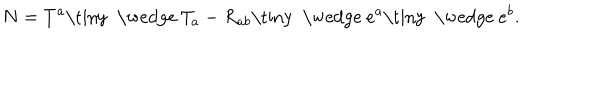
LaTeX: N = T ^ { a } \mathrm { \tiny ~ \wedge ~ } T _ { a } - R _ { a b } \mathrm { \tiny ~ \wedge ~ } e ^ { a } \mathrm { \tiny ~ \wedge ~ } e ^ { b } .